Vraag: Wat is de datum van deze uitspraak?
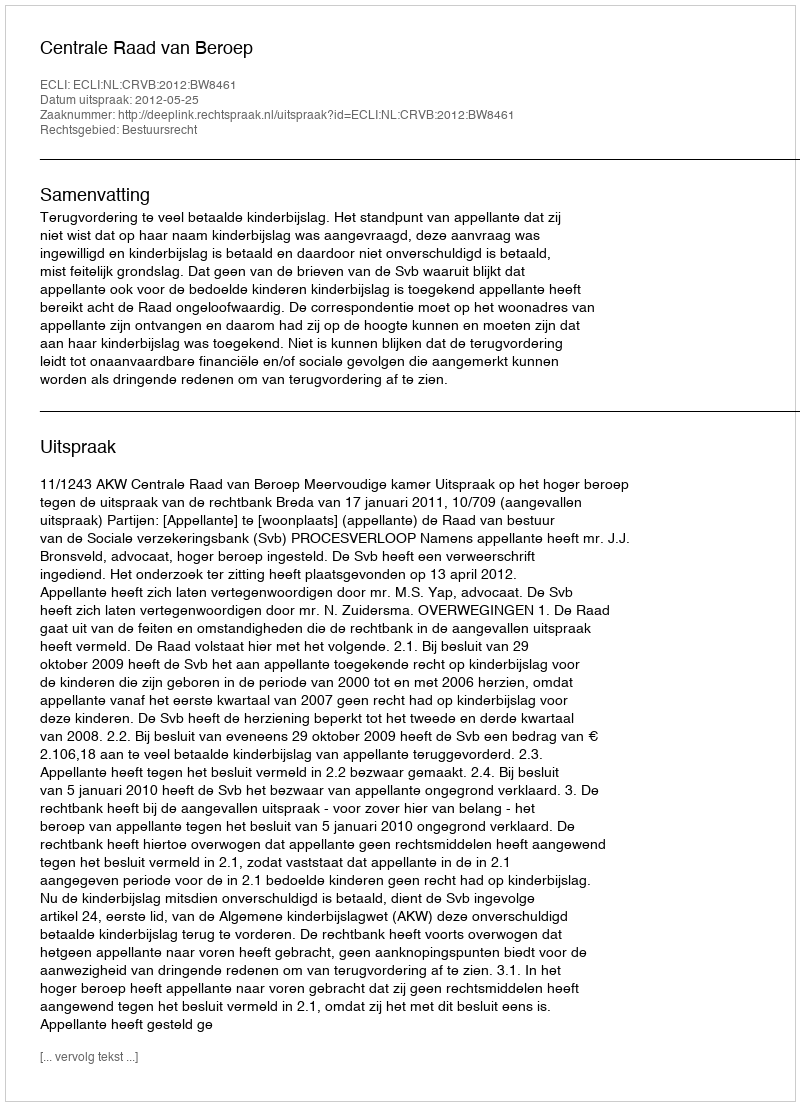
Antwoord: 2012-05-25